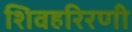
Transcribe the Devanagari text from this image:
शिवहरिरणी